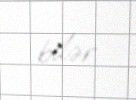
bilər.